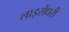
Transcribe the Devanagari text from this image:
लाइसेंधरी